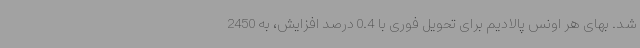
شد. بهای هر اونس پالادیم برای تحویل فوری با 0.4 درصد افزایش، به 2450